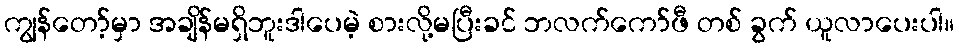
ကျွန်တော့်မှာ အချိန်မရှိဘူးဒါပေမဲ့ စားလို့မပြီးခင် ဘလက်ကော်ဖီ တစ် ခွက် ယူလာပေးပါ။